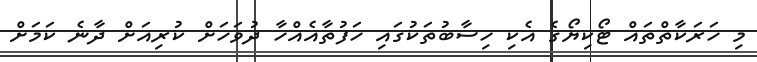
މި ހަރަކާތްތައް ޓޯކިޔޯގެ އެކި ހިސާބުތަކުގައި ހަފުތާއެއްހާ ދުވަހަށް ކުރިއަށް ދާނެ ކަމަށް